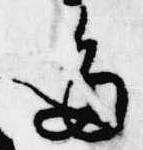
多